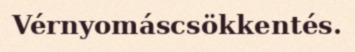
Vérnyomáscsökkentés.